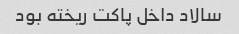
سالاد داخل پاکت ریخته بود